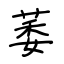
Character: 萎